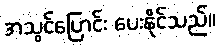
အသွင်ပြောင်း ပေးနိုင်သည်။